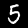
Label: 5